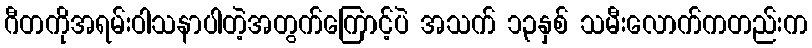
ဂီတကိုအရမ်းဝါသနာပါတဲ့အတွက်ကြောင့်ပဲ အသက် ၁၃နှစ် သမီးလောက်ကတည်းက